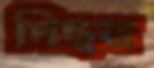
দিছন